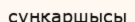
сұңқаршысы